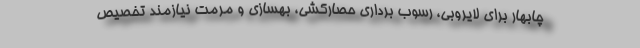
چابهار برای لایروبی، رسوب برداری حصارکشی، بهسازی و مرمت نیازمند تخصیص